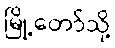
မြို့တော်သို့